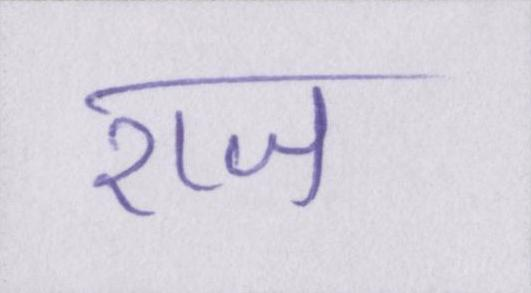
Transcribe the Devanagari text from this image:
राज